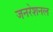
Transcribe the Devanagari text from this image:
जनरेशनल